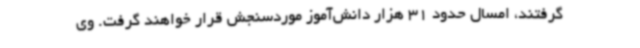
گرفتند، امسال حدود 31 هزار دانش‌آموز موردسنجش قرار خواهند گرفت. وی